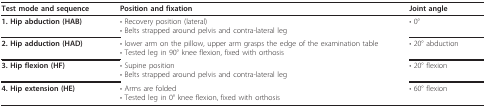
| Test mode and sequence | Position and fixation | Joint angle |
 | --- | --- | --- |
 | 1. Hip abduction (HAB) | • Recovery position (lateral)• Belts strapped around pelvis and contra-lateral leg | • 0° |
 | 2. Hip adduction (HAD) | • lower arm on the pillow, upper arm grasps the edge of the examination table• Tested leg in 90° knee flexion, fixed with orthosis | • 20° abduction |
 | 3. Hip flexion (HF) | • Supine position• Belts strapped around pelvis and contra-lateral leg | • 20° flexion |
 | 4. Hip extension (HE) | • Arms are folded• Tested leg in 0° knee flexion, fixed with orthosis | • 60° flexion |